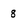
Character: 8